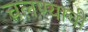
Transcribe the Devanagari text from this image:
चलण्याची